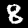
Label: 8